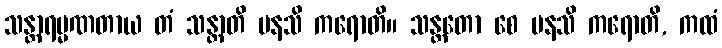
သန္တာရမ္မဏတာယ တံ သန္တာတိ မနသိ ကရောတိ။ သန္တတော စေ မနသိ ကရောတိ, ကထံ